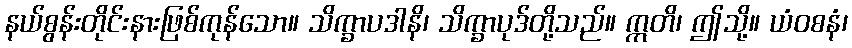
နယ်စွန်းတိုင်းနားဖြစ်ကုန်သော။ သိက္ခာပဒါနိ၊ သိက္ခာပုဒ်တို့သည်။ ဣတိ၊ ဤသို့။ ယံဝစနံ၊